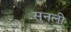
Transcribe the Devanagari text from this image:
सुनली